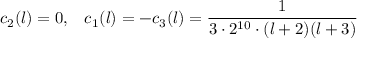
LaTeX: c _ { 2 } ( l ) = 0 , \; \; \; c _ { 1 } ( l ) = - c _ { 3 } ( l ) = { \frac { 1 } { 3 \cdot 2 ^ { 1 0 } \cdot ( l + 2 ) ( l + 3 ) } }